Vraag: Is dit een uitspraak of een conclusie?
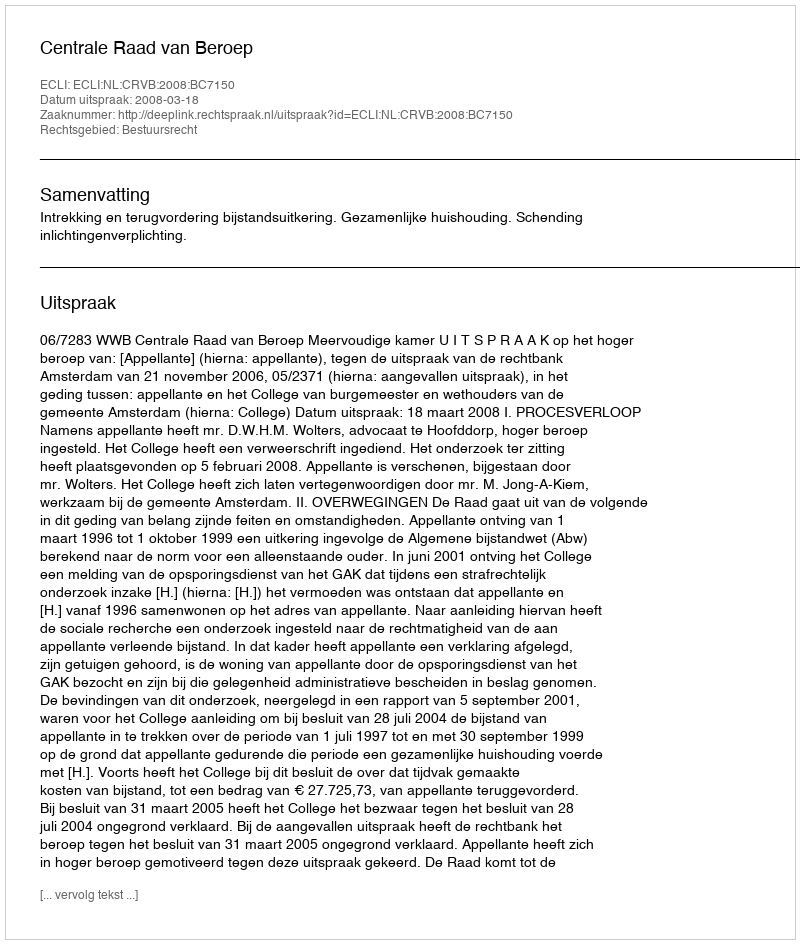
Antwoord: Uitspraak